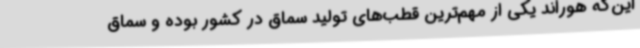
این‌که هوراند یکی از مهم‌ترین قطب‌های تولید سماق در کشور بوده و سماق